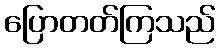
ပြောတတ်ကြသည်